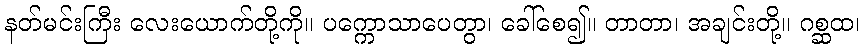
နတ်မင်းကြီး လေးယောက်တို့ကို။ ပက္ကောသာပေတွာ၊ ခေါ်စေ၍။ တာတာ၊ အချင်းတို့။ ဂစ္ဆထ၊